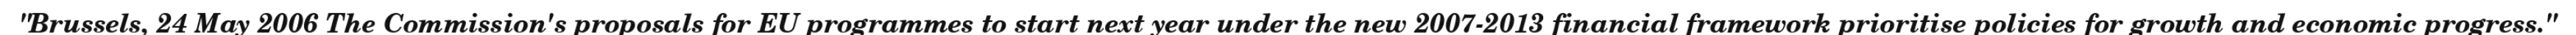
"Brussels, 24 May 2006 The Commission's proposals for EU programmes to start next year under the new 2007-2013 financial framework prioritise policies for growth and economic progress."